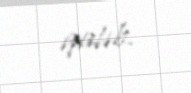
qalıb.